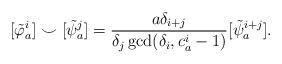
LaTeX: \begin{align*}[\tilde{\varphi}_a^i]\smile [\tilde{\psi}_a^j] = \frac{a\delta_{i+j}}{\delta_j\gcd(\delta_i,c_a^i-1)}[\tilde{\psi}_a^{i+j}].\end{align*}